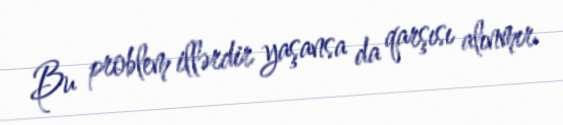
Bu problem illərdir yaşansa da qarşısı alınmır.